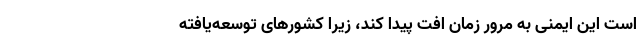
است این ایمنی به مرور زمان افت پیدا کند، زیرا کشورهای توسعه‌یافته